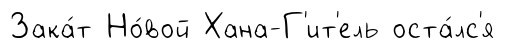
Зака́т Но́вой Хана-Г'ит'ель оста́лс'я